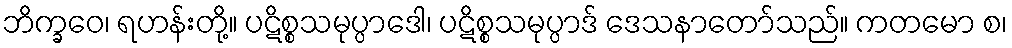
ဘိက္ခဝေ၊ ရဟန်းတို့။ ပဋိစ္စသမုပ္ပာဒေါ၊ ပဋိစ္စသမုပ္ပာဒ် ဒေသနာတော်သည်။ ကတမော စ၊